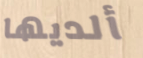
ألديها